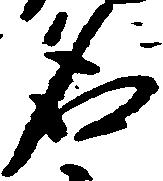
名